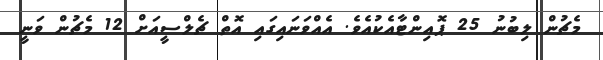
މެޗުން ލިބުނު 25 ޕޮއިންޓާއެކުއެވެ. އެއްވަނައިގައި އޮތް ޗެލްސީއަށް 12 މެޗުން ވަނީ